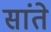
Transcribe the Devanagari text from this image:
सांते